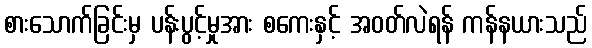
စားသောက်ခြင်းမှ ပန်းပွင့်မှုအား စကေးနှင့် အဝတ်လဲရန် ကန်နယားသည်